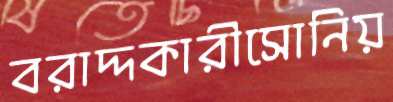
বরাদ্দকারীসোনিয়